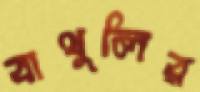
বাথুলির